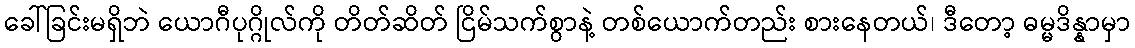
ခေါ်ခြင်းမရှိဘဲ ယောဂီပုဂ္ဂိုလ်ကို တိတ်ဆိတ် ငြိမ်သက်စွာနဲ့ တစ်ယောက်တည်း စားနေတယ်၊ ဒီတော့ ဓမ္မဒိန္နာမှာ